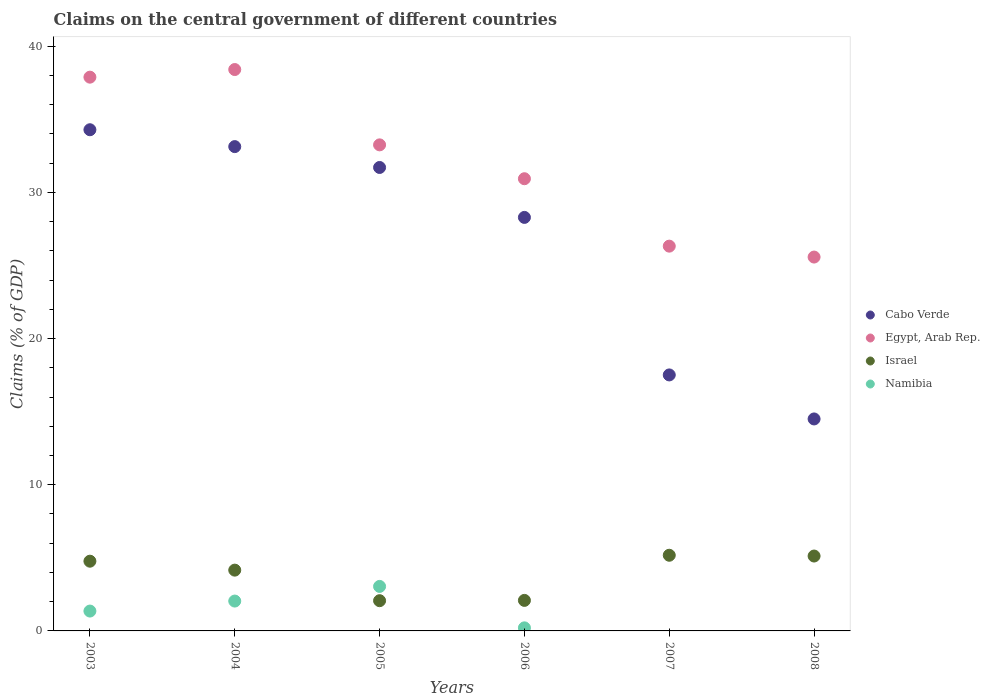
| Years | Cabo Verde | Egypt, Arab Rep. | Israel | Namibia |
 | --- | --- | --- | --- | --- |
 | 2003 | 34.3 | 37.9 | 4.77 | 1.36 |
 | 2004 | 33.1 | 38.4 | 4.16 | 2.04 |
 | 2005 | 31.7 | 33.2 | 2.07 | 3.04 |
 | 2006 | 28.3 | 30.9 | 2.09 | 0.21 |
 | 2007 | 17.5 | 26.3 | 5.18 | -3.68 |
 | 2008 | 14.5 | 25.6 | 5.12 | -6.69 |